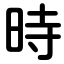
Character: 時